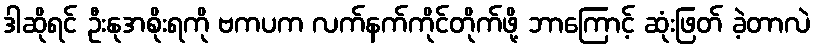
ဒါဆိုရင် ဦးနုအစိုးရကို ဗကပက လက်နက်ကိုင်တိုက်ဖို့ ဘာကြောင့် ဆုံးဖြတ် ခဲ့တာလဲ